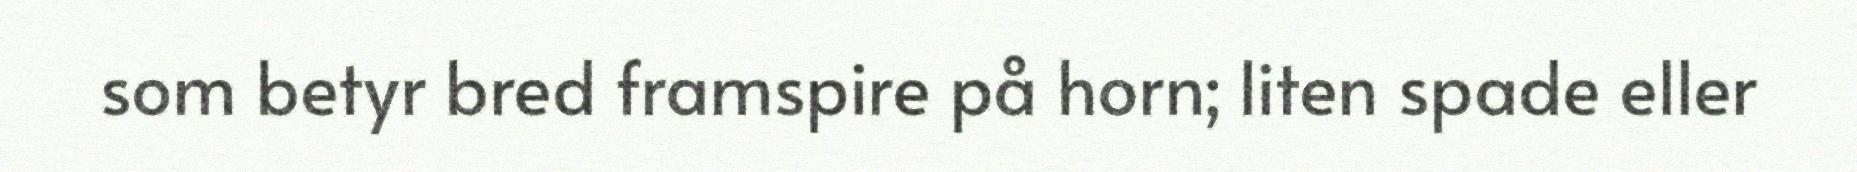
som betyr bred framspire på horn; liten spade eller